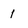
Character: 1